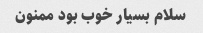
سلام بسیار خوب بود ممنون